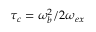
\tau _ { c } = \omega _ { b } ^ { 2 } / 2 \omega _ { e x }